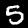
Label: 5